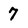
Character: 7